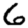
Digit: 6